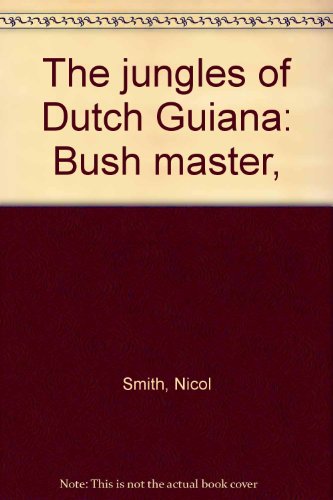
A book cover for The Jungles of Dutch Guiana: Bush Master; Nicol Smith; Travel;